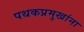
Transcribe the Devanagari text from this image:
पथकप्रमुखांना